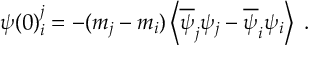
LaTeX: \psi ( 0 ) _ { i } ^ { j } = - ( m _ { j } - m _ { i } ) \left\langle \overline { { { \psi } } } _ { j } \psi _ { j } - \overline { { { \psi } } } _ { i } \psi _ { i } \right\rangle \; .